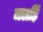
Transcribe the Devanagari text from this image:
जलहिं